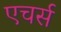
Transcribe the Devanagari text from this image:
एचर्स